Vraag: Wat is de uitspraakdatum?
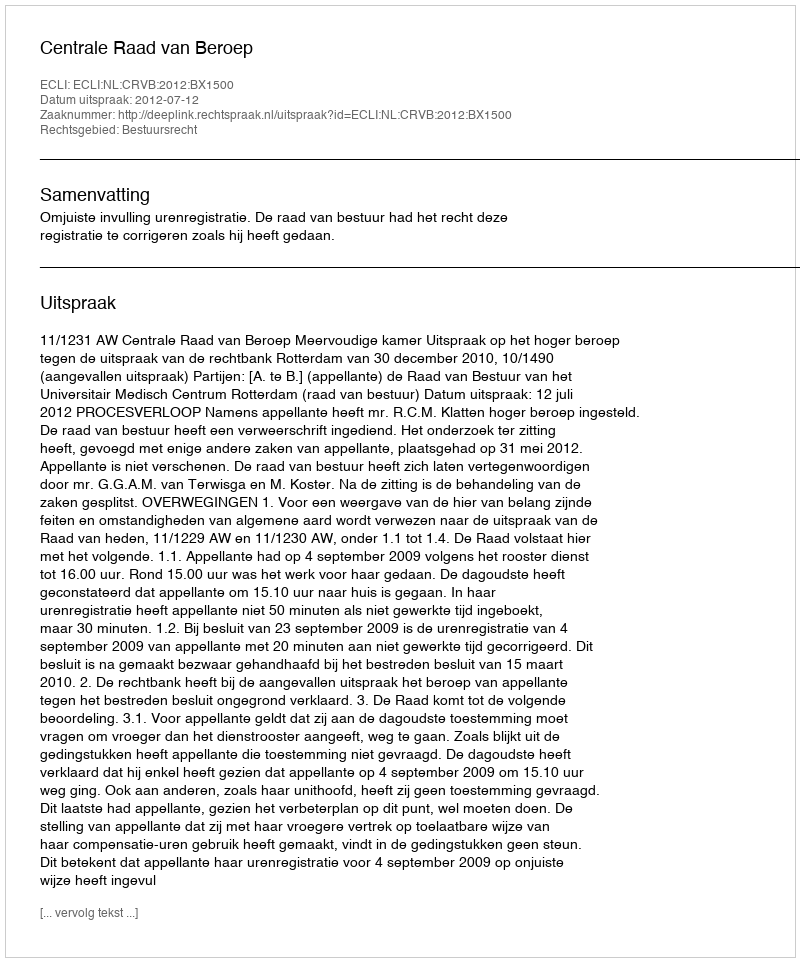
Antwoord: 2012-07-12